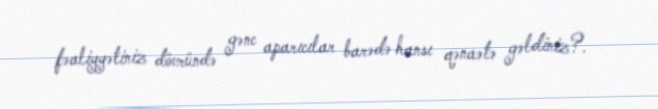
fəaliyyətiniz dövründə gənc aparıcılar barədə hansı qənaətə gəldiniz?.